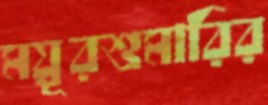
ময়ূরশুমারির